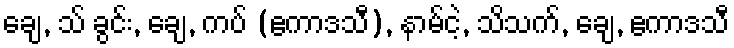
ချေ, သ် ခွင်း, ချေ, ကပ် (ဧကာဒသီ), နာမ်ငဲ့, သိသက်, ချေ, ဧကာဒသီ